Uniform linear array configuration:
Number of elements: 24
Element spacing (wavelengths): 0.25
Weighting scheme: binomial
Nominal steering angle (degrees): -45
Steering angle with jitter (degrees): -44.314
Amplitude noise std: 0.05
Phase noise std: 0.05

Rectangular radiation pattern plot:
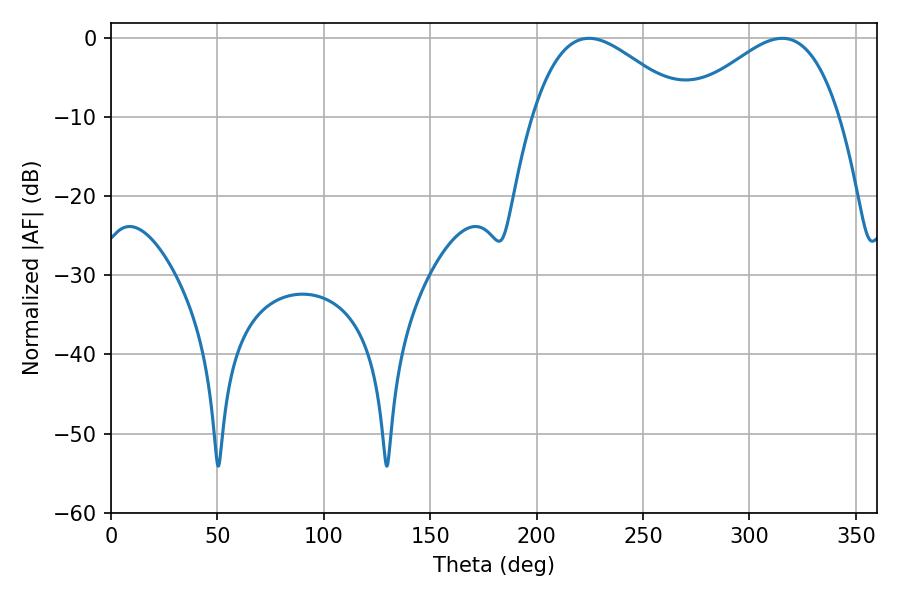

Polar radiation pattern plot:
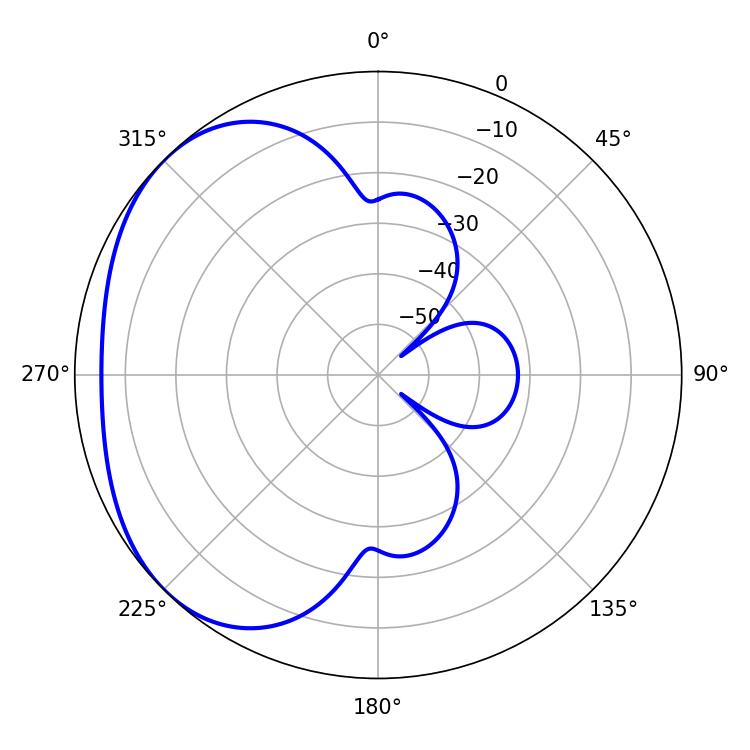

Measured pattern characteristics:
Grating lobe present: FALSE
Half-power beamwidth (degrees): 39.06
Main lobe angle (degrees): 224.64